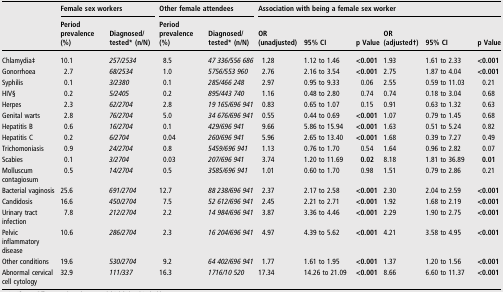
<table><thead><tr><td></td><td colspan="2"><b>Female sex workers</b></td><td colspan="2"><b>Other female attendees</b></td><td colspan="6"><b>Association with being a female sex worker</b></td></tr><tr><td></td><td><b>Period prevalence (%)</b></td><td><b>Diagnosed/tested* (n/N)</b></td><td><b>Period prevalence (%)</b></td><td><b>Diagnosed/tested* (n/N)</b></td><td><b>OR (unadjusted)</b></td><td><b>95% CI</b></td><td><b>p Value</b></td><td><b>OR (adjusted†)</b></td><td><b>95% CI</b></td><td><b>p Value</b></td></tr></thead><tbody><tr><td>Chlamydia‡</td><td>10.1</td><td><i>257/2534</i></td><td>8.5</td><td><i>47 336/556 686</i></td><td>1.28</td><td>1.12 to 1.46</td><td><b>&lt;0.001</b></td><td>1.93</td><td>1.61 to 2.33</td><td><b>&lt;0.001</b></td></tr><tr><td>Gonorrhoea</td><td>2.7</td><td><i>68/2534</i></td><td>1.0</td><td><i>5756/553 960</i></td><td>2.76</td><td>2.16 to 3.54</td><td><b>&lt;0.001</b></td><td>2.75</td><td>1.87 to 4.04</td><td><b>&lt;0.001</b></td></tr><tr><td>Syphilis</td><td>0.1</td><td><i>3/2380</i></td><td>0.1</td><td><i>285/466 248</i></td><td>2.97</td><td>0.95 to 9.33</td><td>0.06</td><td>2.55</td><td>0.59 to 11.03</td><td>0.21</td></tr><tr><td>HIV§</td><td>0.2</td><td><i>5/2405</i></td><td>0.2</td><td><i>895/443 740</i></td><td>1.16</td><td>0.48 to 2.80</td><td>0.74</td><td>0.74</td><td>0.18 to 3.04</td><td>0.68</td></tr><tr><td>Herpes</td><td>2.3</td><td><i>62/2704</i></td><td>2.8</td><td><i>19 165/696 941</i></td><td>0.83</td><td>0.65 to 1.07</td><td>0.15</td><td>0.91</td><td>0.63 to 1.32</td><td>0.63</td></tr><tr><td>Genital warts</td><td>2.8</td><td><i>76/2704</i></td><td>5.0</td><td><i>34 676/696 941</i></td><td>0.55</td><td>0.44 to 0.69</td><td><b>&lt;0.001</b></td><td>1.07</td><td>0.79 to 1.45</td><td>0.68</td></tr><tr><td>Hepatitis B</td><td>0.6</td><td><i>16/2704</i></td><td>0.1</td><td><i>429/696 941</i></td><td>9.66</td><td>5.86 to 15.94</td><td><b>&lt;0.001</b></td><td>1.63</td><td>0.51 to 5.24</td><td>0.82</td></tr><tr><td>Hepatitis C</td><td>0.2</td><td><i>6/2704</i></td><td>0.04</td><td><i>260/696 941</i></td><td>5.96</td><td>2.65 to 13.40</td><td><b>&lt;0.001</b></td><td>1.68</td><td>0.39 to 7.27</td><td>0.49</td></tr><tr><td>Trichomoniasis</td><td>0.9</td><td><i>24/2704</i></td><td>0.8</td><td><i>5459/696 941</i></td><td>1.13</td><td>0.76 to 1.70</td><td>0.54</td><td>1.64</td><td>0.96 to 2.82</td><td>0.07</td></tr><tr><td>Scabies</td><td>0.1</td><td><i>3/2704</i></td><td>0.03</td><td><i>207/696 941</i></td><td>3.74</td><td>1.20 to 11.69</td><td><b>0.02</b></td><td>8.18</td><td>1.81 to 36.89</td><td><b>0.01</b></td></tr><tr><td>Molluscum contagiosum</td><td>0.5</td><td><i>14/2704</i></td><td>0.5</td><td><i>3585/696 941</i></td><td>1.01</td><td>0.60 to 1.70</td><td>0.98</td><td>1.51</td><td>0.79 to 2.86</td><td>0.21</td></tr><tr><td>Bacterial vaginosis</td><td>25.6</td><td><i>691/2704</i></td><td>12.7</td><td><i>88 238/696 941</i></td><td>2.37</td><td>2.17 to 2.58</td><td><b>&lt;0.001</b></td><td>2.30</td><td>2.04 to 2.59</td><td><b>&lt;0.001</b></td></tr><tr><td>Candidosis</td><td>16.6</td><td><i>450/2704</i></td><td>7.5</td><td><i>52 612/696 941</i></td><td>2.45</td><td>2.21 to 2.71</td><td><b>&lt;0.001</b></td><td>1.92</td><td>1.68 to 2.19</td><td><b>&lt;0.001</b></td></tr><tr><td>Urinary tract infection</td><td>7.8</td><td><i>212/2704</i></td><td>2.2</td><td><i>14 984/696 941</i></td><td>3.87</td><td>3.36 to 4.46</td><td><b>&lt;0.001</b></td><td>2.29</td><td>1.90 to 2.75</td><td><b>&lt;0.001</b></td></tr><tr><td>Pelvic inflammatory disease</td><td>10.6</td><td><i>286/2704</i></td><td>2.3</td><td><i>16 204/696 941</i></td><td>4.97</td><td>4.39 to 5.62</td><td><b>&lt;0.001</b></td><td>4.21</td><td>3.58 to 4.95</td><td><b>&lt;0.001</b></td></tr><tr><td>Other conditions</td><td>19.6</td><td><i>530/2704</i></td><td>9.2</td><td><i>64 402/696 941</i></td><td>1.77</td><td>1.61 to 1.95</td><td><b>&lt;0.001</b></td><td>1.37</td><td>1.20 to 1.56</td><td><b>&lt;0.001</b></td></tr><tr><td>Abnormal cervical cell cytology</td><td>32.9</td><td><i>111/337</i></td><td>16.3</td><td><i>1716/10 520</i></td><td>17.34</td><td>14.26 to 21.09</td><td><b>&lt;0.001</b></td><td>8.66</td><td>6.60 to 11.37</td><td><b>&lt;0.001</b></td></tr></tbody></table>